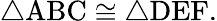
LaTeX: \triangle\mathrm{ABC}\cong\triangle\mathrm{DEF}.